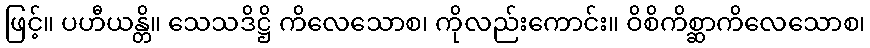
ဖြင့်။ ပဟီယန္တိ။ သေသဒိဋ္ဌိ ကိလေသောစ၊ ကိုလည်းကောင်း။ ဝိစိကိစ္ဆာကိလေသောစ၊